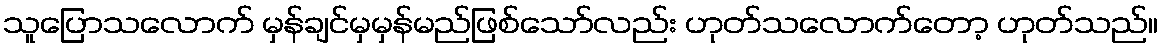
သူပြောသလောက် မှန်ချင်မှမှန်မည်ဖြစ်သော်လည်း ဟုတ်သလောက်တော့ ဟုတ်သည်။